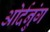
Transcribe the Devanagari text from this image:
ओर्दनुंग